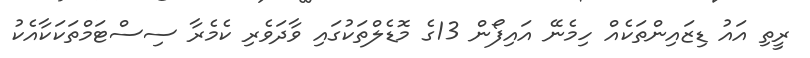
ރީތި އައު ޑިޒައިންތަކެއް ހިމެނޭ އައިފޯން 13ގެ މޮޑެލްތަކުގައި ވާދަވެރި ކެމެރާ ސިސްޓަމްތަކަކާއެކު